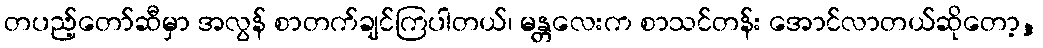
တပည့်တော်ဆီမှာ အလွန် စာတက်ချင်ကြပါတယ်၊ မန္တလေးက စာသင်တန်း အောင်လာတယ်ဆိုတော့,